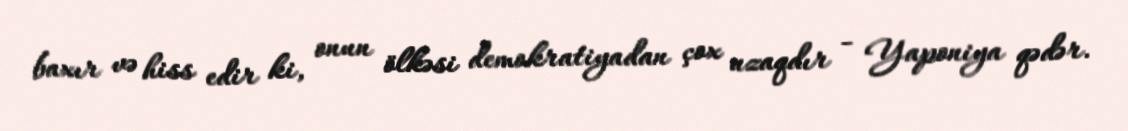
baxır və hiss edir ki, onun ölkəsi demokratiyadan çox uzaqdır - Yaponiya qədər.